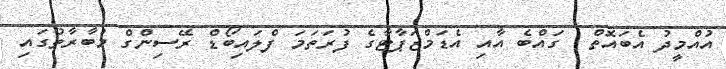
އުއްމީދު އެބައޮތް  ގައްބެ އާއި އެޑަމްޒަޕާޓާގެ ފުރަތަމަ ފްލައިބޯޑް ރޭސިންގް މުބާރާތުގައި